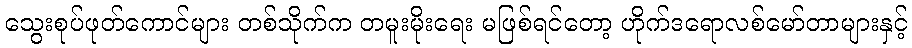
သွေးစုပ်ဖုတ်ကောင်များ တစ်သိုက်က တမူးမိုးရေး မဖြစ်ရင်တော့ ဟိုက်ဒရောလစ်မော်တာများနှင့်